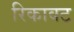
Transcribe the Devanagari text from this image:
रिकावट